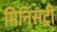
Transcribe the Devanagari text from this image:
मिनिसट्री